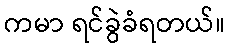
ကမာ ရင်ခွဲခံရတယ်။